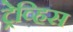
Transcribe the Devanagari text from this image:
ट्रेव्हिस